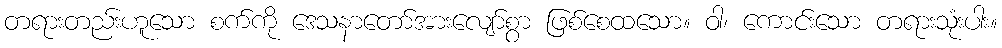
တရားတည်းဟူသော စက်ကို ဒေသနာတော်အားလျော်စွာ ဖြစ်စေထသော။ ဝါ၊ ကောင်းသော တရားသုံးပါး။